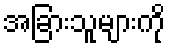
အခြားသူများကို